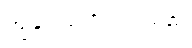
ကျွန်ုပ်ယုံကြည်ပါသည်